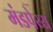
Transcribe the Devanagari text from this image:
मंडपेय्य